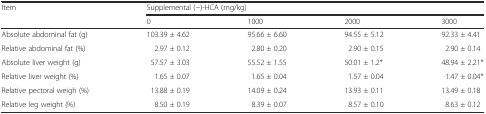
| <ROWSPAN=2> Item | <COLSPAN=4> Supplemental (−)-HCA (mg/kg) |
 | 0 | 1000 | 2000 | 3000 |
 | --- | --- | --- | --- | --- |
 | Absolute abdominal fat (g) | 103.39 ± 4.62 | 95.66 ± 6.60 | 94.55 ± 5.12 | 92.33 ± 4.41 |
 | Relative abdominal fat (%) | 2.97 ± 0.12 | 2.80 ± 0.20 | 2.90 ± 0.15 | 2.90 ± 0.14 |
 | Absolute liver weight (g) | 57.57 ± 3.03 | 55.52 ± 1.55 | 50.01 ± 1.2* | 48.94 ± 2.21* |
 | Relative liver weight (%) | 1.65 ± 0.07 | 1.65 ± 0.04 | 1.57 ± 0.04 | 1.47 ± 0.04* |
 | Relative pectoral weigh (%) | 13.88 ± 0.19 | 14.09 ± 0.24 | 13.93 ± 0.11 | 13.49 ± 0.18 |
 | Relative leg weight (%) | 8.50 ± 0.19 | 8.39 ± 0.07 | 8.57 ± 0.10 | 8.63 ± 0.12 |